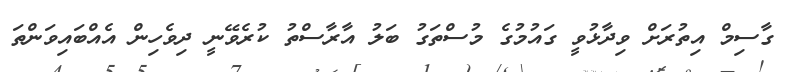
ގާސިމް އިތުރަށް ވިދާޅުވީ ގައުމުގެ މުސްތަގު ބަލު އާރާސްތު ކުރެވޭނީ ދިވެހިން އެއްބައިވަންތަ